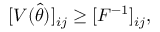
[ V ( \hat { \theta } ) ] _ { i j } \geq [ F ^ { - 1 } ] _ { i j } ,